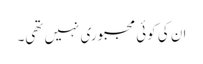
ان کی کوئی مجبوری نہیں تھی۔